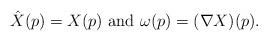
LaTeX: \begin{align*}\hat X(p) = X(p) \mbox{ and } \omega(p)= (\nabla X )(p).\end{align*}